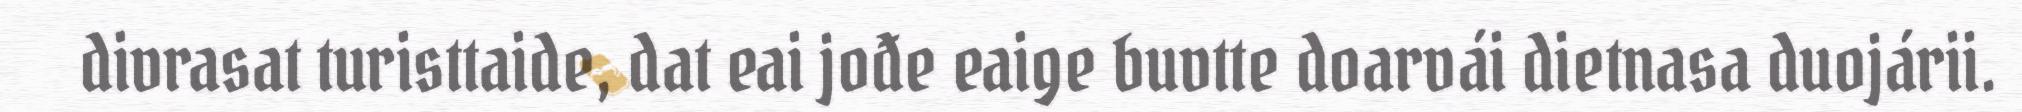
divrasat turisttaide, dat eai jođe eaige buvtte doarvái dietnasa duojárii.